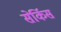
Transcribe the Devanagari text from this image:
सेर्किस